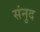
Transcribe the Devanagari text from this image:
संनुद